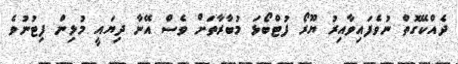
ދެއްކޭގޮތް ނުވެފައިވާއިރު ޔޫރޯ ފުޓްބޯޅަ މުބާރާތަށް ވެސް އޭނާ ދިޔައީ މުޅިން ފިޓުނުވެ